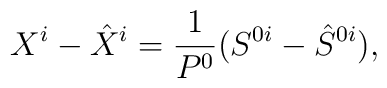
X^i-\hat{X}^i=\frac{1}{P^0}(S^{0i}-\hat{S}^{0i}),